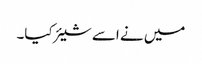
میں نے اسے شیئر کیا۔